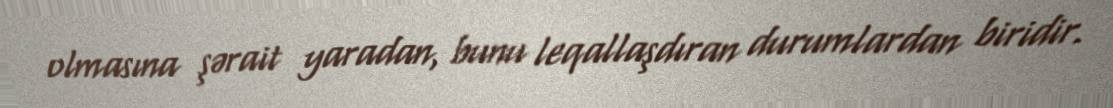
olmasına şərait yaradan, bunu leqallaşdıran durumlardan biridir.